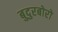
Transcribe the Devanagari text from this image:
बुदुरबोरो